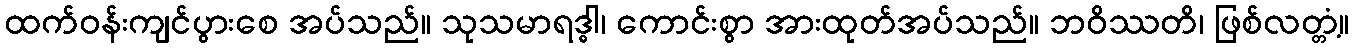
ထက်ဝန်းကျင်ပွားစေ အပ်သည်။ သုသမာရဒ္ဓါ၊ ကောင်းစွာ အားထုတ်အပ်သည်။ ဘဝိဿတိ၊ ဖြစ်လတ္တံ့။